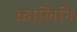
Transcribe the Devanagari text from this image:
कालिनि